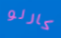
كارلو